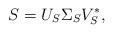
LaTeX: \begin{align*}S = U_S \Sigma_S V_S^*,\end{align*}